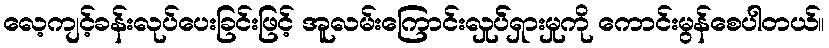
လေ့ကျင့်ခန်းလုပ်ပေးခြင်းဖြင့် အူလမ်းကြောင်းလှုပ််ရှားမှုကို ကောင်းမွန်စေပါတယ်။